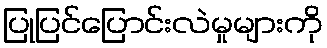
ပြုပြင်ပြောင်းလဲမှုများကို